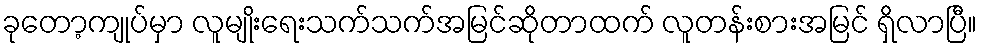
ခုတော့ကျုပ်မှာ လူမျိုးရေးသက်သက်အမြင်ဆိုတာထက် လူတန်းစားအမြင် ရှိလာပြီ။